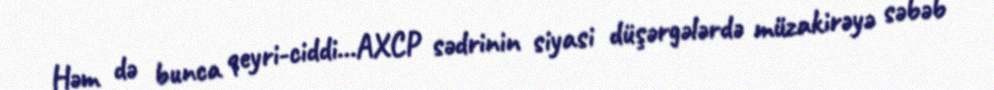
Həm də bunca qeyri-ciddi…AXCP sədrinin siyasi düşərgələrdə müzakirəyə səbəb